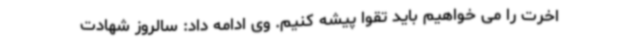
اخرت را می خواهیم باید تقوا پیشه کنیم. وی ادامه داد: سالروز شهادت